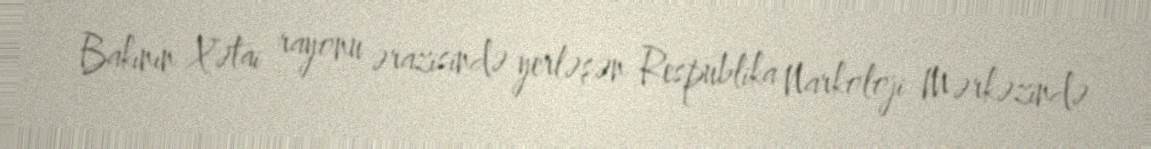
Bakının Xətai rayonu ərazisində yerləşən Respublika Narkoloji Mərkəzində